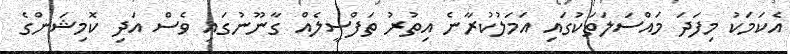
އެކަމަކު މިފަދަ މައްސަލަތަކުގައި އަމަލުކުރާނެ އިތުރު ތަފްސީލެއް ގާނޫނުގައި ވެސް އަދި ކޮމިޝަންގެ